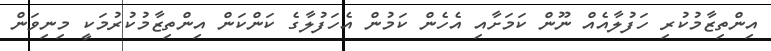
އިންތިޒާމުކުރި ހަފުލާއެއް ނޫން ކަމަށާއި އެހެން ކަމުން އެހަފުލާގެ ކަންކަން އިންތިޒާމުކުރުމަކީ މިނިވަން